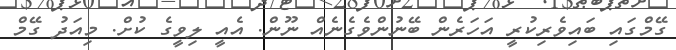
ގޭމްގައި ބައިވެރިކުރީ އަހަރެން ބޭނުންވެގެނެއް ނޫން. އެއީ ލިވީގެ ކުށް. މިއަދު ގޭމް